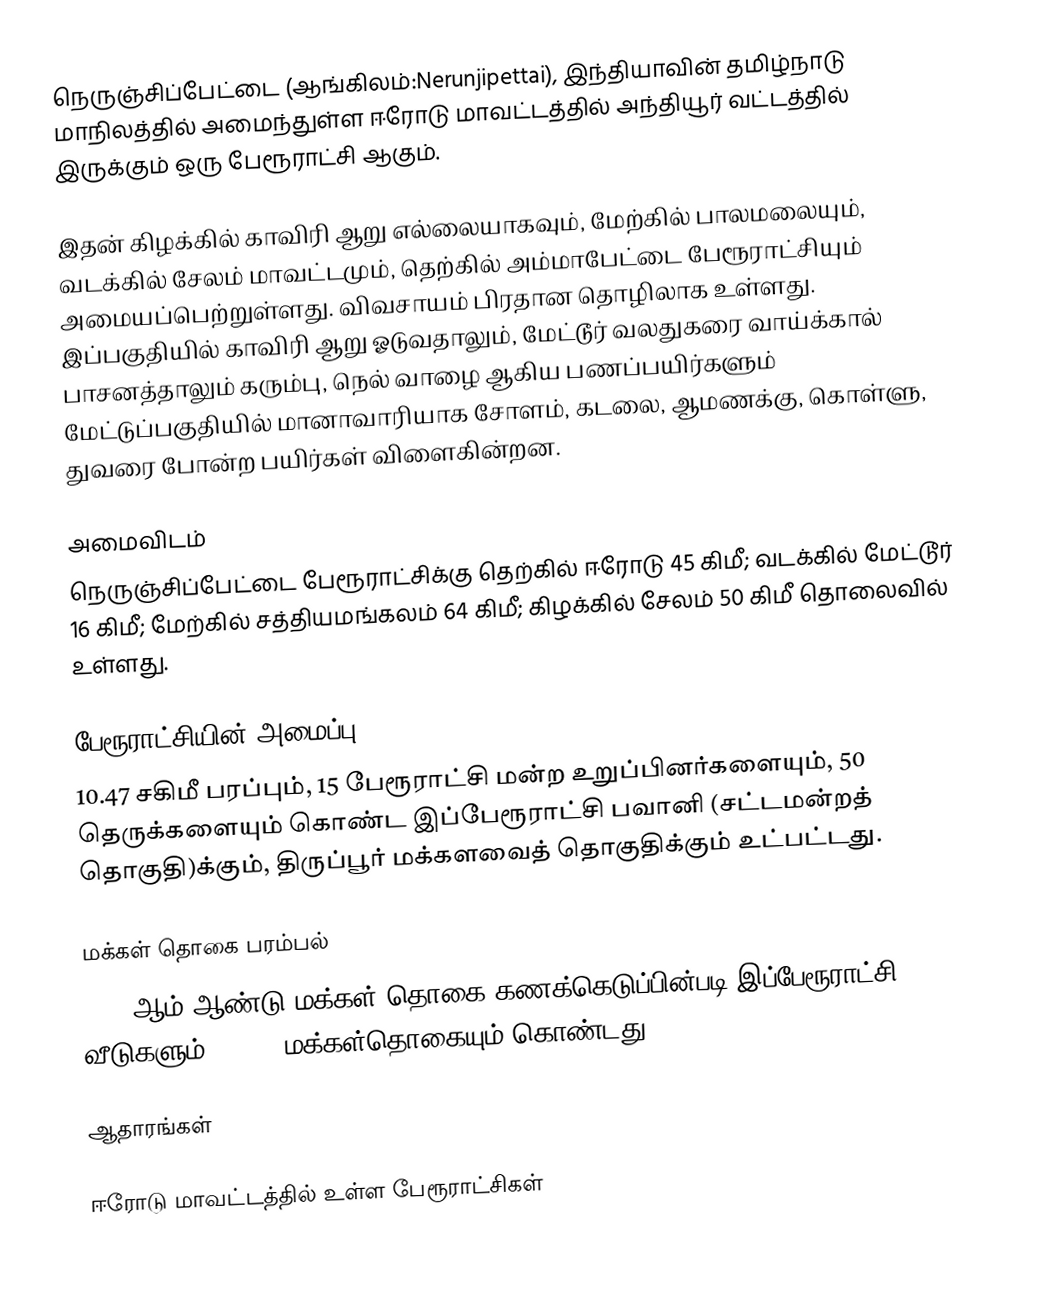
நெருஞ்சிப்பேட்டை (ஆங்கிலம்:Nerunjipettai), இந்தியாவின் தமிழ்நாடு மாநிலத்தில் அமைந்துள்ள ஈரோடு மாவட்டத்தில் அந்தியூர் வட்டத்தில் இருக்கும் ஒரு பேரூராட்சி ஆகும்.

இதன் கிழக்கில் காவிரி ஆறு எல்லையாகவும், மேற்கில் பாலமலையும், வடக்கில் சேலம் மாவட்டமும், தெற்கில் அம்மாபேட்டை பேரூராட்சியும் அமையப்பெற்றுள்ளது. விவசாயம் பிரதான தொழிலாக உள்ளது. இப்பகுதியில் காவிரி ஆறு ஓடுவதாலும், மேட்டூர் வலதுகரை வாய்க்கால் பாசனத்தாலும் கரும்பு, நெல் வாழை ஆகிய பணப்பயிர்களும் மேட்டுப்பகுதியில் மானாவாரியாக சோளம், கடலை, ஆமணக்கு, கொள்ளு, துவரை போன்ற பயிர்கள் விளைகின்றன.

அமைவிடம்
நெருஞ்சிப்பேட்டை பேரூராட்சிக்கு தெற்கில் ஈரோடு 45 கிமீ;  வடக்கில் மேட்டூர் 16  கிமீ; மேற்கில் சத்தியமங்கலம் 64  கிமீ; கிழக்கில் சேலம் 50 கிமீ தொலைவில்  உள்ளது.

பேரூராட்சியின் அமைப்பு
10.47 சகிமீ பரப்பும்,  15 பேரூராட்சி மன்ற  உறுப்பினர்களையும், 50 தெருக்களையும் கொண்ட இப்பேரூராட்சி பவானி   (சட்டமன்றத் தொகுதி)க்கும், திருப்பூர் மக்களவைத் தொகுதிக்கும் உட்பட்டது.

மக்கள் தொகை பரம்பல்
2011-ஆம் ஆண்டு மக்கள் தொகை கணக்கெடுப்பின்படி  இப்பேரூராட்சி   1,961    வீடுகளும்,  6,791 மக்கள்தொகையும் கொண்டது.

ஆதாரங்கள்

ஈரோடு மாவட்டத்தில் உள்ள பேரூராட்சிகள்